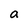
Character: a